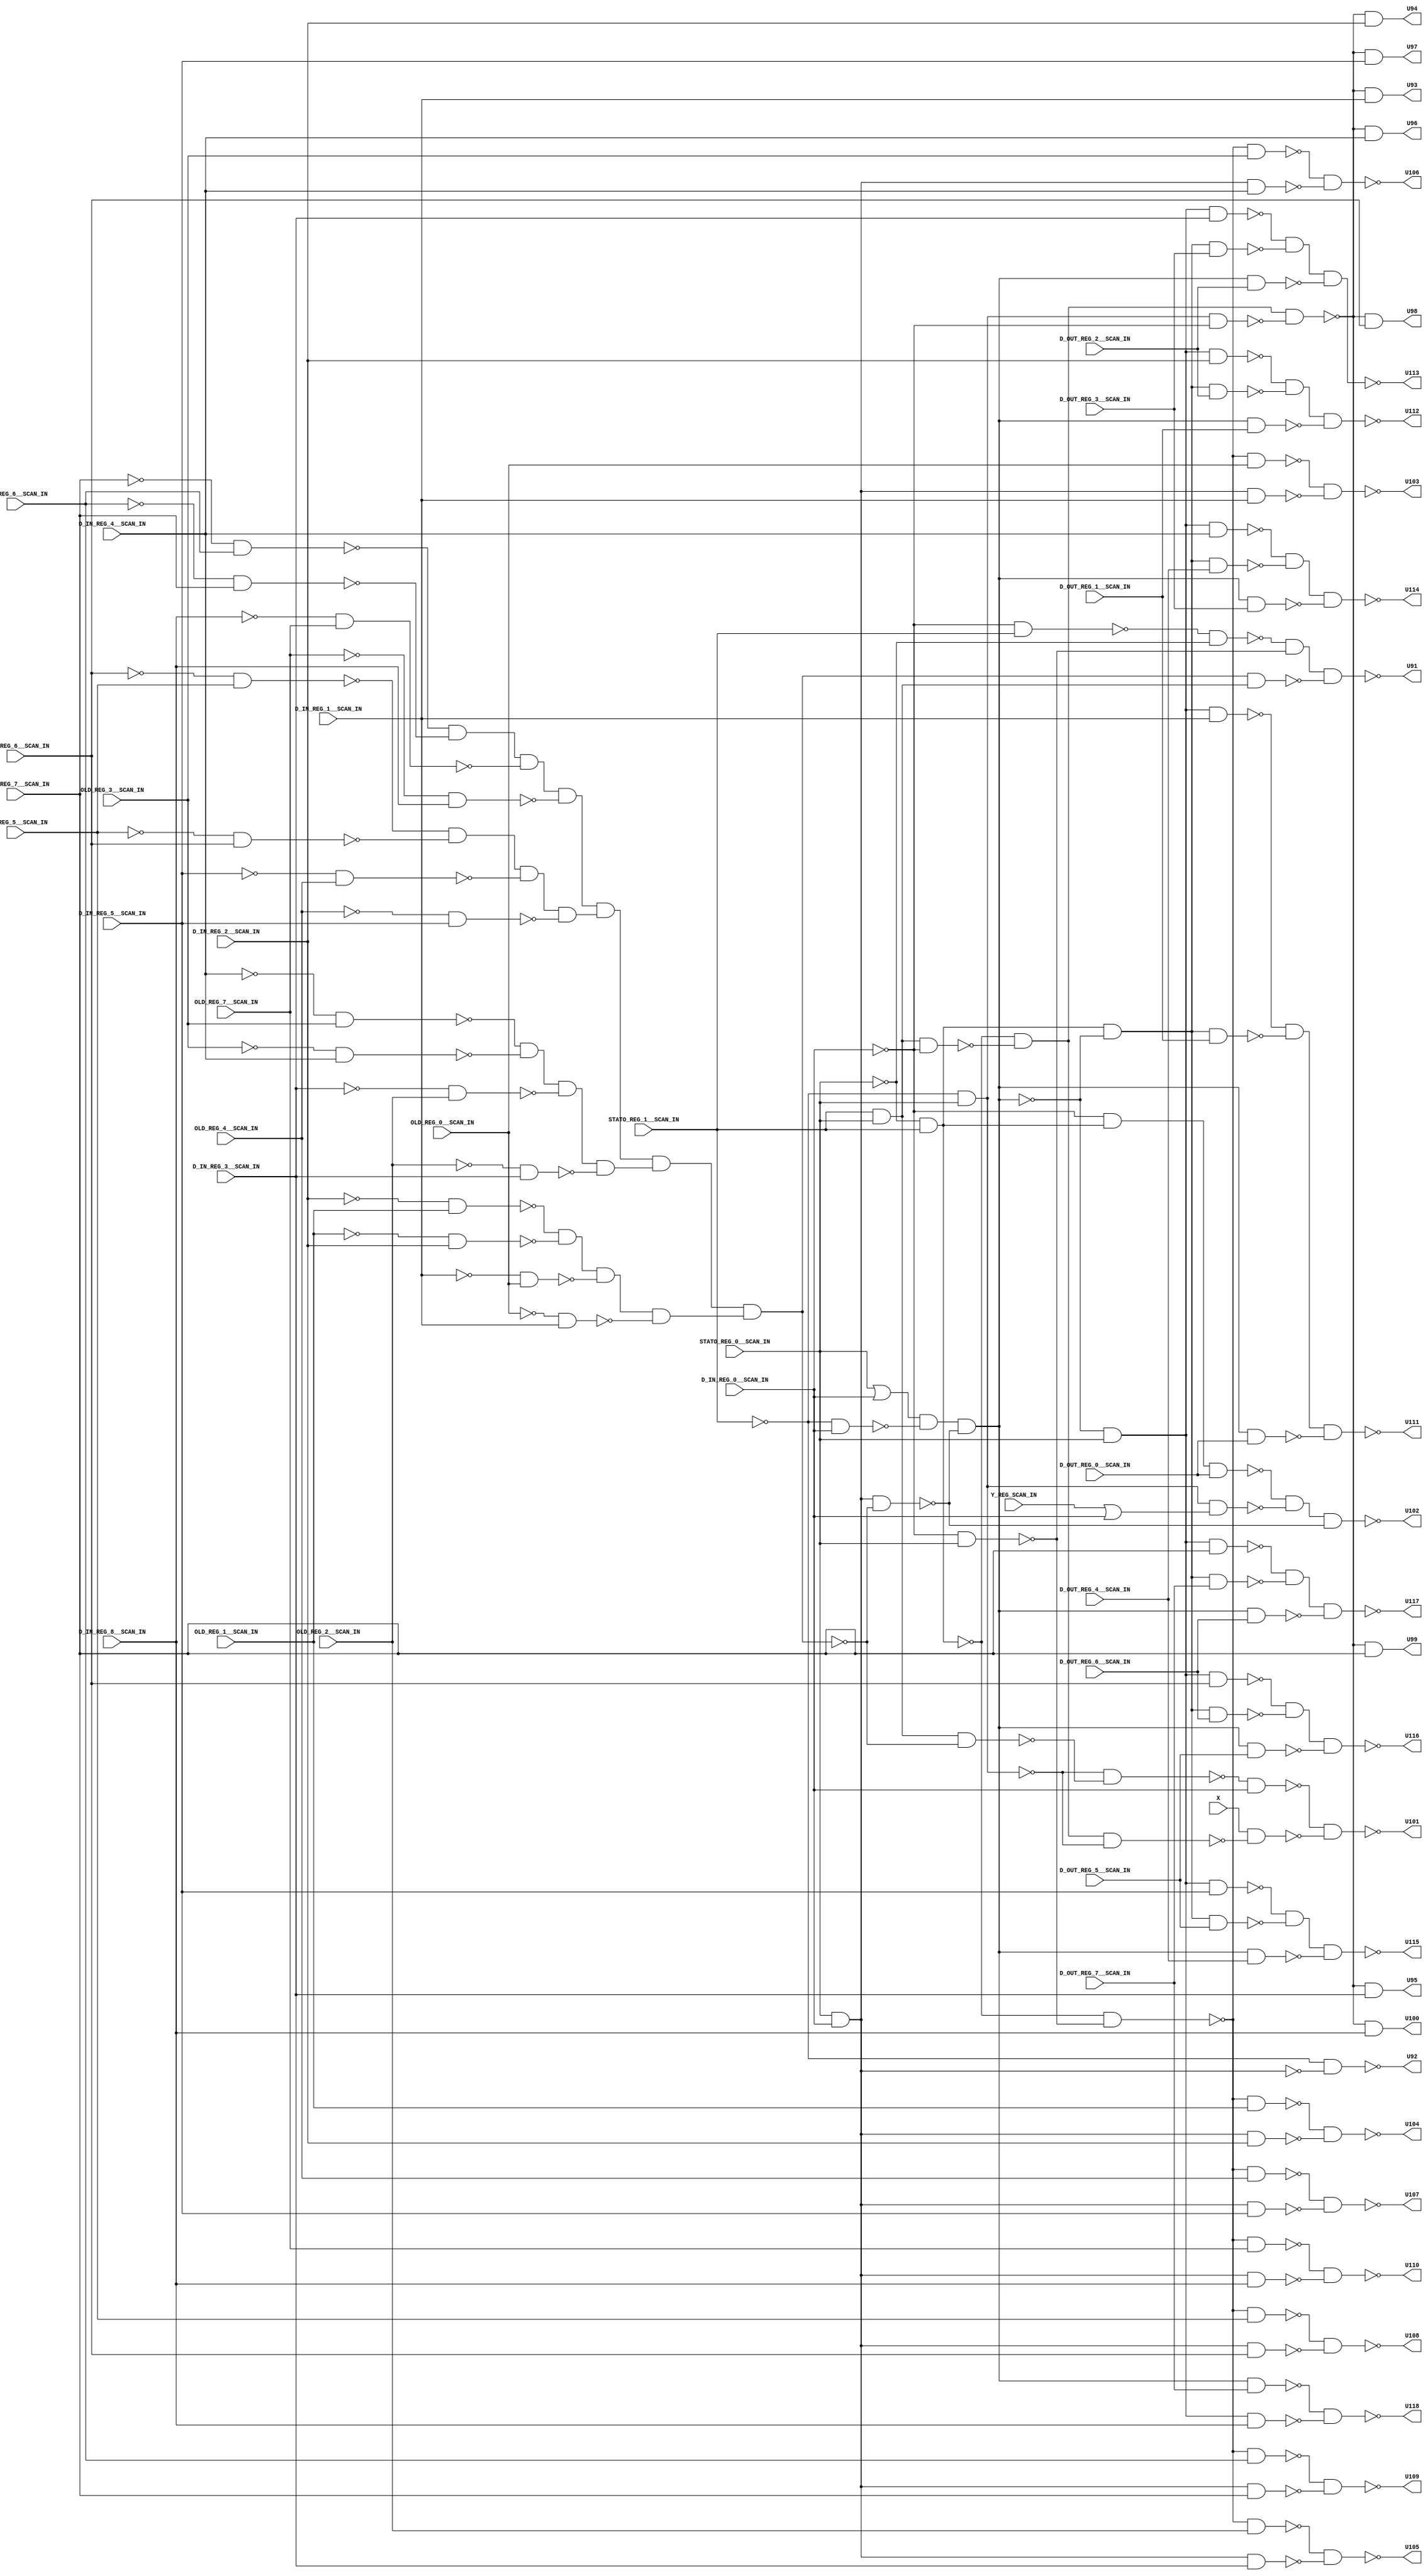
module b09_C( D_IN_REG_0__SCAN_IN, X, D_OUT_REG_7__SCAN_IN, D_OUT_REG_6__SCAN_IN, D_OUT_REG_5__SCAN_IN, D_OUT_REG_4__SCAN_IN, D_OUT_REG_3__SCAN_IN, D_OUT_REG_2__SCAN_IN, D_OUT_REG_1__SCAN_IN, D_OUT_REG_0__SCAN_IN, OLD_REG_7__SCAN_IN, OLD_REG_6__SCAN_IN, OLD_REG_5__SCAN_IN, OLD_REG_4__SCAN_IN, OLD_REG_3__SCAN_IN, OLD_REG_2__SCAN_IN, OLD_REG_1__SCAN_IN, OLD_REG_0__SCAN_IN, Y_REG_SCAN_IN, STATO_REG_1__SCAN_IN, STATO_REG_0__SCAN_IN, D_IN_REG_8__SCAN_IN, D_IN_REG_7__SCAN_IN, D_IN_REG_6__SCAN_IN, D_IN_REG_5__SCAN_IN, D_IN_REG_4__SCAN_IN, D_IN_REG_3__SCAN_IN, D_IN_REG_2__SCAN_IN, D_IN_REG_1__SCAN_IN, U91, U92, U93, U94, U95, U96, U97, U98, U99, U100, U101, U102, U103, U104, U105, U106, U107, U108, U109, U110, U111, U112, U113, U114, U115, U116, U117, U118); 
input D_IN_REG_0__SCAN_IN, X, D_OUT_REG_7__SCAN_IN, D_OUT_REG_6__SCAN_IN, D_OUT_REG_5__SCAN_IN, D_OUT_REG_4__SCAN_IN, D_OUT_REG_3__SCAN_IN, D_OUT_REG_2__SCAN_IN, D_OUT_REG_1__SCAN_IN, D_OUT_REG_0__SCAN_IN, OLD_REG_7__SCAN_IN, OLD_REG_6__SCAN_IN, OLD_REG_5__SCAN_IN, OLD_REG_4__SCAN_IN, OLD_REG_3__SCAN_IN, OLD_REG_2__SCAN_IN, OLD_REG_1__SCAN_IN, OLD_REG_0__SCAN_IN, Y_REG_SCAN_IN, STATO_REG_1__SCAN_IN, STATO_REG_0__SCAN_IN, D_IN_REG_8__SCAN_IN, D_IN_REG_7__SCAN_IN, D_IN_REG_6__SCAN_IN, D_IN_REG_5__SCAN_IN, D_IN_REG_4__SCAN_IN, D_IN_REG_3__SCAN_IN, D_IN_REG_2__SCAN_IN, D_IN_REG_1__SCAN_IN; 
output U91, U92, U93, U94, U95, U96, U97, U98, U99, U100, U101, U102, U103, U104, U105, U106, U107, U108, U109, U110, U111, U112, U113, U114, U115, U116, U117, U118; 
wire U87, U88, U89, U90, U119, U120, U121, U122, U123, U124, U125, U126, U127, U128, U129, U130, U131, U132, U133, U134, U135, U136, U137, U138, U139, U140, U141, U142, U143, U144, U145, U146, U147, U148, U149, U150, U151, U152, U153, U154, U155, U156, U157, U158, U159, U160, U161, U162, U163, U164, U165, U166, U167, U168, U169, U170, U171, U172, U173, U174, U175, U176, U177, U178, U179, U180, U181, U182, U183, U184, U185, U186, U187, U188, U189, U190, U191, U192, U193, U194, U195, U196, U197, U198, U199, U200, U201, U202, U203, U204, U205, U206, U207, U208, U209, U210, U211, U212, U213, U214, U215, U216, U217, U218, U219, U220, U221, U222, U223, U224, U225, U226; 
assign U87 = STATO_REG_1__SCAN_IN & STATO_REG_0__SCAN_IN; 
assign U119 = ~STATO_REG_0__SCAN_IN; 
assign U120 = ~D_IN_REG_0__SCAN_IN; 
assign U121 = ~D_IN_REG_1__SCAN_IN; 
assign U122 = ~OLD_REG_0__SCAN_IN; 
assign U123 = ~D_IN_REG_2__SCAN_IN; 
assign U124 = ~OLD_REG_1__SCAN_IN; 
assign U125 = ~D_IN_REG_3__SCAN_IN; 
assign U126 = ~OLD_REG_2__SCAN_IN; 
assign U127 = ~D_IN_REG_4__SCAN_IN; 
assign U128 = ~OLD_REG_3__SCAN_IN; 
assign U129 = ~D_IN_REG_5__SCAN_IN; 
assign U130 = ~OLD_REG_4__SCAN_IN; 
assign U131 = ~D_IN_REG_6__SCAN_IN; 
assign U132 = ~OLD_REG_5__SCAN_IN; 
assign U133 = ~D_IN_REG_8__SCAN_IN; 
assign U134 = ~OLD_REG_7__SCAN_IN; 
assign U135 = ~D_IN_REG_7__SCAN_IN; 
assign U136 = ~OLD_REG_6__SCAN_IN; 
assign U137 = ~STATO_REG_1__SCAN_IN; 
assign U139 = ~(STATO_REG_0__SCAN_IN & D_IN_REG_0__SCAN_IN); 
assign U196 = Y_REG_SCAN_IN | D_IN_REG_0__SCAN_IN; 
assign U226 = STATO_REG_0__SCAN_IN | D_IN_REG_0__SCAN_IN; 
assign U92 = ~(U137 & U139); 
assign U141 = ~(U119 & STATO_REG_1__SCAN_IN); 
assign U142 = ~(U137 & STATO_REG_0__SCAN_IN); 
assign U151 = ~U139; 
assign U152 = ~(U120 & STATO_REG_1__SCAN_IN); 
assign U178 = ~(U120 & STATO_REG_0__SCAN_IN); 
assign U201 = ~(U87 & U120); 
assign U207 = ~(U122 & D_IN_REG_1__SCAN_IN); 
assign U208 = ~(U121 & OLD_REG_0__SCAN_IN); 
assign U209 = ~(U124 & D_IN_REG_2__SCAN_IN); 
assign U210 = ~(U123 & OLD_REG_1__SCAN_IN); 
assign U211 = ~(U126 & D_IN_REG_3__SCAN_IN); 
assign U212 = ~(U125 & OLD_REG_2__SCAN_IN); 
assign U213 = ~(U128 & D_IN_REG_4__SCAN_IN); 
assign U214 = ~(U127 & OLD_REG_3__SCAN_IN); 
assign U215 = ~(U130 & D_IN_REG_5__SCAN_IN); 
assign U216 = ~(U129 & OLD_REG_4__SCAN_IN); 
assign U217 = ~(U132 & D_IN_REG_6__SCAN_IN); 
assign U218 = ~(U131 & OLD_REG_5__SCAN_IN); 
assign U219 = ~(U134 & D_IN_REG_8__SCAN_IN); 
assign U220 = ~(U133 & OLD_REG_7__SCAN_IN); 
assign U221 = ~(U136 & D_IN_REG_7__SCAN_IN); 
assign U222 = ~(U135 & OLD_REG_6__SCAN_IN); 
assign U223 = ~(U120 & STATO_REG_0__SCAN_IN); 
assign U225 = ~(U137 & D_IN_REG_0__SCAN_IN); 
assign U90 = U141 & U201; 
assign U143 = U210 & U209 & U208 & U207; 
assign U144 = U214 & U213 & U212 & U211; 
assign U145 = U218 & U217 & U216 & U215; 
assign U146 = U222 & U221 & U220 & U219; 
assign U148 = ~U142; 
assign U149 = ~U141; 
assign U179 = ~(U141 & U178); 
assign U180 = ~(U151 & D_IN_REG_8__SCAN_IN); 
assign U182 = ~(U151 & D_IN_REG_7__SCAN_IN); 
assign U184 = ~(U151 & D_IN_REG_6__SCAN_IN); 
assign U186 = ~(U151 & D_IN_REG_5__SCAN_IN); 
assign U188 = ~(U151 & D_IN_REG_4__SCAN_IN); 
assign U190 = ~(U151 & D_IN_REG_3__SCAN_IN); 
assign U192 = ~(U151 & D_IN_REG_2__SCAN_IN); 
assign U194 = ~(U151 & D_IN_REG_1__SCAN_IN); 
assign U224 = ~(U152 & U119); 
assign U138 = ~(U146 & U145 & U144 & U143); 
assign U181 = ~(U179 & OLD_REG_7__SCAN_IN); 
assign U183 = ~(U179 & OLD_REG_6__SCAN_IN); 
assign U185 = ~(U179 & OLD_REG_5__SCAN_IN); 
assign U187 = ~(U179 & OLD_REG_4__SCAN_IN); 
assign U189 = ~(U179 & OLD_REG_3__SCAN_IN); 
assign U191 = ~(U179 & OLD_REG_2__SCAN_IN); 
assign U193 = ~(U179 & OLD_REG_1__SCAN_IN); 
assign U195 = ~(U179 & OLD_REG_0__SCAN_IN); 
assign U197 = ~(U120 & U149 & D_OUT_REG_0__SCAN_IN); 
assign U198 = ~(U148 & U196); 
assign U202 = ~(U90 & U142); 
assign U205 = ~(U148 & U120); 
assign U103 = ~(U195 & U194); 
assign U104 = ~(U193 & U192); 
assign U105 = ~(U191 & U190); 
assign U106 = ~(U189 & U188); 
assign U107 = ~(U187 & U186); 
assign U108 = ~(U185 & U184); 
assign U109 = ~(U183 & U182); 
assign U110 = ~(U181 & U180); 
assign U147 = ~U138; 
assign U150 = ~(U151 & U138); 
assign U199 = ~(U87 & U138); 
assign U203 = ~(X & U202); 
assign U206 = ~(U90 & U205); 
assign U93 = U206 & D_IN_REG_1__SCAN_IN; 
assign U94 = U206 & D_IN_REG_2__SCAN_IN; 
assign U95 = U206 & D_IN_REG_3__SCAN_IN; 
assign U96 = U206 & D_IN_REG_4__SCAN_IN; 
assign U97 = U206 & D_IN_REG_5__SCAN_IN; 
assign U98 = U206 & D_IN_REG_6__SCAN_IN; 
assign U99 = U206 & D_IN_REG_7__SCAN_IN; 
assign U100 = U206 & D_IN_REG_8__SCAN_IN; 
assign U102 = ~(U197 & U198 & U150); 
assign U140 = ~(U226 & U225 & U150); 
assign U153 = ~(U147 & U87); 
assign U200 = ~(U142 & U199); 
assign U88 = U140 & STATO_REG_0__SCAN_IN; 
assign U89 = U149 & U140; 
assign U91 = ~(U224 & U223 & U153); 
assign U154 = ~U140; 
assign U204 = ~(U200 & D_IN_REG_0__SCAN_IN); 
assign U101 = ~(U204 & U203); 
assign U155 = ~(U88 & D_IN_REG_8__SCAN_IN); 
assign U156 = ~(U154 & D_OUT_REG_7__SCAN_IN); 
assign U157 = ~(U89 & D_OUT_REG_7__SCAN_IN); 
assign U158 = ~(U88 & D_IN_REG_7__SCAN_IN); 
assign U159 = ~(U154 & D_OUT_REG_6__SCAN_IN); 
assign U160 = ~(U89 & D_OUT_REG_6__SCAN_IN); 
assign U161 = ~(U88 & D_IN_REG_6__SCAN_IN); 
assign U162 = ~(U154 & D_OUT_REG_5__SCAN_IN); 
assign U163 = ~(U89 & D_OUT_REG_5__SCAN_IN); 
assign U164 = ~(U88 & D_IN_REG_5__SCAN_IN); 
assign U165 = ~(U154 & D_OUT_REG_4__SCAN_IN); 
assign U166 = ~(U89 & D_OUT_REG_4__SCAN_IN); 
assign U167 = ~(U88 & D_IN_REG_4__SCAN_IN); 
assign U168 = ~(U154 & D_OUT_REG_3__SCAN_IN); 
assign U169 = ~(U89 & D_OUT_REG_3__SCAN_IN); 
assign U170 = ~(U88 & D_IN_REG_3__SCAN_IN); 
assign U171 = ~(U154 & D_OUT_REG_2__SCAN_IN); 
assign U172 = ~(U89 & D_OUT_REG_2__SCAN_IN); 
assign U173 = ~(U88 & D_IN_REG_2__SCAN_IN); 
assign U174 = ~(U154 & D_OUT_REG_1__SCAN_IN); 
assign U175 = ~(U89 & D_OUT_REG_1__SCAN_IN); 
assign U176 = ~(U88 & D_IN_REG_1__SCAN_IN); 
assign U177 = ~(U154 & D_OUT_REG_0__SCAN_IN); 
assign U111 = ~(U176 & U175 & U177); 
assign U112 = ~(U173 & U172 & U174); 
assign U113 = ~(U170 & U169 & U171); 
assign U114 = ~(U167 & U166 & U168); 
assign U115 = ~(U164 & U163 & U165); 
assign U116 = ~(U161 & U160 & U162); 
assign U117 = ~(U158 & U157 & U159); 
assign U118 = ~(U156 & U155); 
endmodule